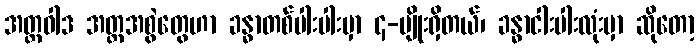
အတ္တဝါဒ အတ္တအစွဲတွေဟာ ခန္ဓာတစ်ပါးပါးမှာ ၄-မျိုးရှိတယ်၊ ခန္ဓာငါးပါးလုံးမှာ ဆိုတော့